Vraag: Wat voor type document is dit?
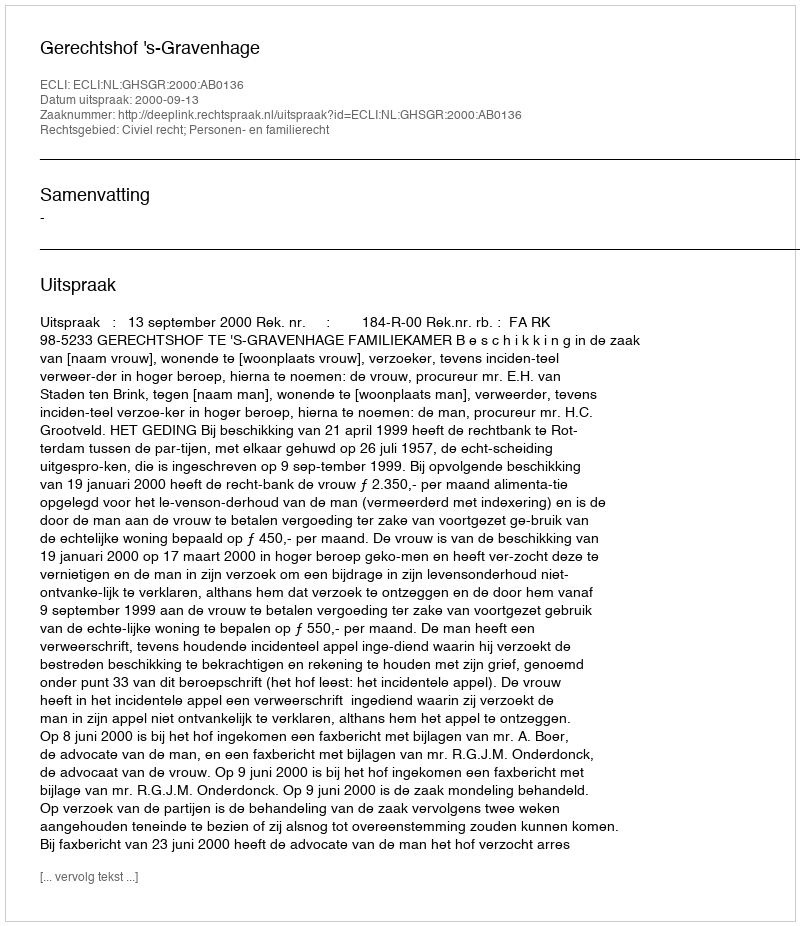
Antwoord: Uitspraak